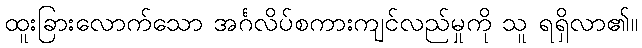
ထူးခြားလောက်သော အင်္ဂလိပ်စကားကျင်လည်မှုကို သူ ရရှိလာ၏။